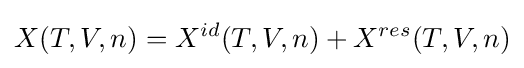
X(T,V,n)=X^{id}(T,V,n)+X^{res}(T,V,n)